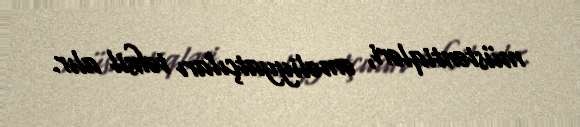
müstəntiqləri, əməliyyatçıları təhsil alır.